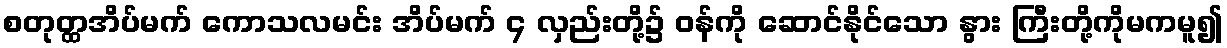
စတုတ္ထအိပ်မက် ကောသလမင်း အိပ်မက် ၄ လှည်းတို့၌ ဝန်ကို ဆောင်နိုင်သော နွား ကြီးတို့ကိုမကမူ၍